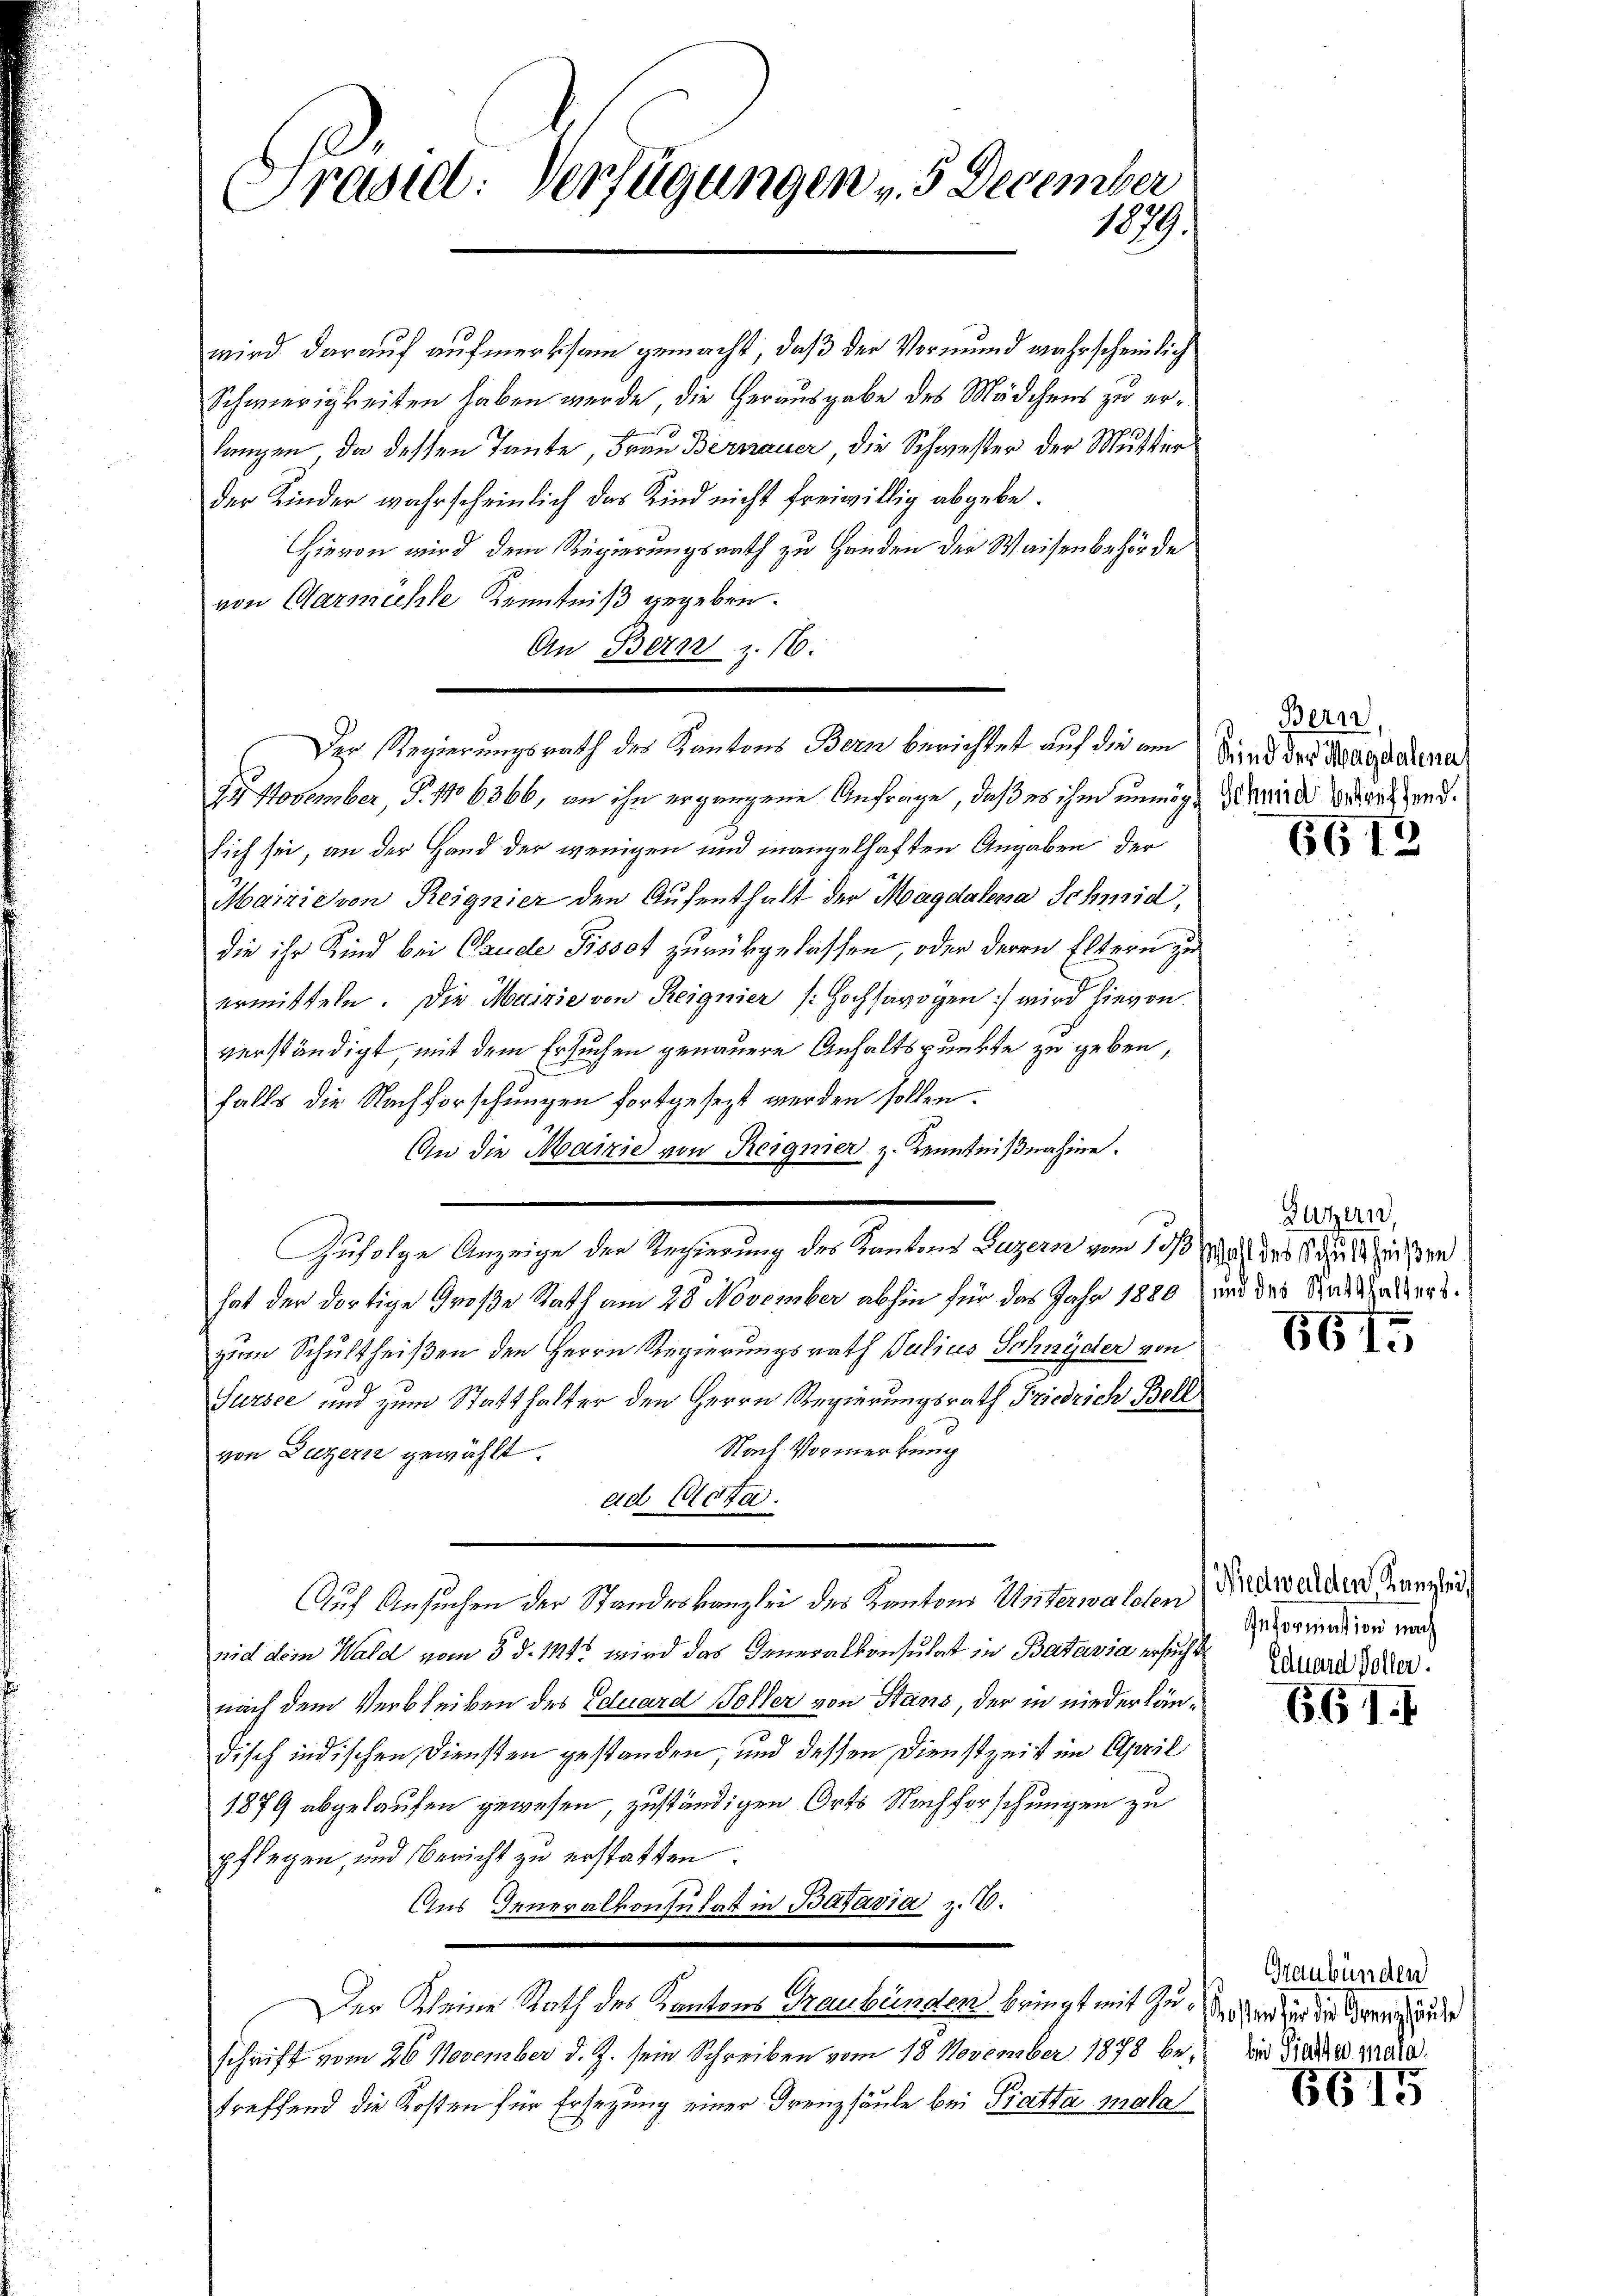
Präsid. Verfügungen v. 3. December
1079.

wird darauf aufmerksam gemacht, daß der Vormund wahrscheinlich
Schwierigkeiten haben werde, die Herausgabe des Mädchens zu erlangen, da dessen Tante, Frau Bernauer, die Schwester der Mutter
der Kinder wahrscheinlich das Kind nicht freiwillig abgebe.
Hievon wird dem Regierungsrath zu Handen der Waisenbehörde
z
von Garnichte Kenntniß gegeben.
An Bern z. 16.
22 November, S. 1106366, an ihn ergangene Anfrage, daß es ihm unmög- Marieli wedert handsich sei, an der Hand der wenigen und mangelhaften Angaben der
Mairie von Reignier den Aufenthalt der Magdalena Schmid,
die ihr Kind bei Claude Pissot zurückgelassen, oder deren Eltern zu
ermitteln. Die Mairie von Reignier (Hochsavoyen wird hievon
verständigt, mit dem Ersuchen genauere Anhaltspunkte zu geben,
falls die Nachforschungen fortgesezt werden sollen.
An die Mairie von Reignier z. Kenntnißnahme.
Zufolge Anzeige der Regierung des Kantons Luzern vom 13. des Schutzeichen
hat der dortige Große Rath am 28. November abhin für das Jahr 1880 und das Statthalters
zum Schultheißen den Herrn Regierungsrath Julius Schnyder von
Sursee und zum Statthalter den Herrn Regierungsrath Friedrich Bell
Nach Vormerkung
von Luzern gewählt.
ad Tota.
Auf Ansuchen der Standeskanzlei des Kantons Unterwalden
nid dem Wald vom 8. d. 1121 wird das Generalkonsulat in Batavia ersucht und die
nach dem Verbleiben des Eduard Soller von Stans, der in niederländisch indischen Diensten gestanden, und dessen Dienstzeit im April
1879 abgelaufen gewesen, zuständigen Orts Nachforschungen zu
pflegen, und Bericht zu erstatten.
Aus Generalkonsulat in Batavia z. B.
Der Kleine Rath des Kantons Graubünden bringt mit der Verdien die Seren zuge
schrift vom 26. November d. J. sein Schreiben vom 18. November 1878 bei die dieses par
treffend die Kosten für Ersezung einer Freuzsäule bei Bratta mala

Der Regierungsrath des Kantons Bern berichtet auf die am Sind des Magdalena

Bern,

6613

Luzern,

661.

Niedwalden Kanzlei,
eformation nach

661.

Graubünden

6615